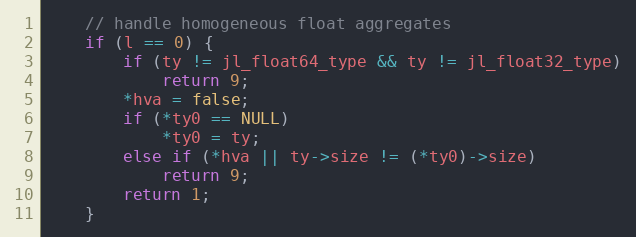
Language: C++
    // handle homogeneous float aggregates
    if (l == 0) {
        if (ty != jl_float64_type && ty != jl_float32_type)
            return 9;
        *hva = false;
        if (*ty0 == NULL)
            *ty0 = ty;
        else if (*hva || ty->size != (*ty0)->size)
            return 9;
        return 1;
    }